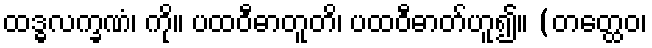
ထဒ္ဓလက္ခဏံ၊ ကို။ ပထဝီဓာတူတိ၊ ပထဝီဓာတ်ဟူ၍။ (တတ္ထေဝ၊